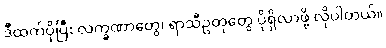
ဒီထက်ပိုပြီး လက္ခဏာတွေ၊ ရာသီဥတုတွေ ပိုရှိလာဖို့ လိုပါတယ်။